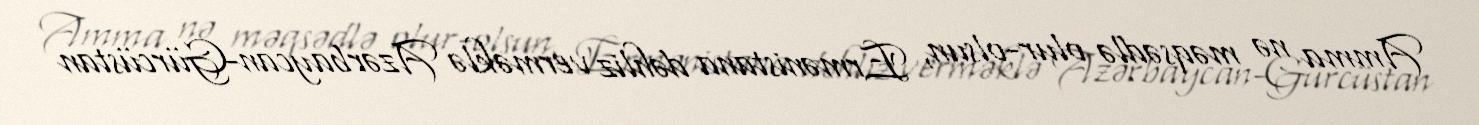
Amma nə məqsədlə olur-olsun, Ermənistana dəhliz verməklə Azərbaycan-Gürcüstan